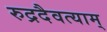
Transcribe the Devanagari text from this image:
रुद्रदैवत्याम्